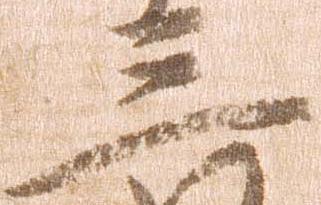
三